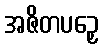
အဇိတပဉှေ